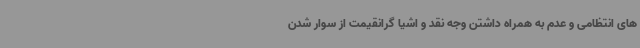
های انتظامی و عدم به همراه داشتن وجه نقد و اشیا گرانقیمت از سوار شدن